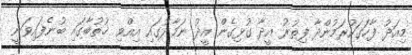
މިއަދު ފާހަގަކުރަމުންދާ ފިތުރު އީދާ ގުޅިގެން އީދު ނަމާދުގައި އިއްވި ޚުތުބާގައި ބުނެފައިވަނީ